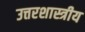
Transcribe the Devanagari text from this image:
उत्तरशास्त्रीय